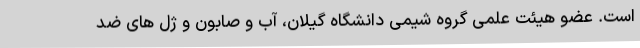
است. عضو هیئت علمی گروه شیمی دانشگاه گیلان، آب و صابون و ژل های ضد